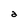
Character: a